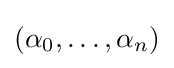
(\alpha _{0},\ldots ,\alpha _{n})